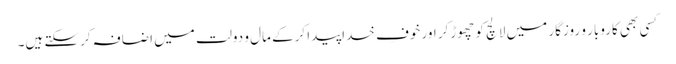
کسی بھی کاروبار و روزگار میں لالچ کو چھوڑکر اور خوفِ خداپیدا کرکے مال و دولت میں اضافہ کرسکتے ہیں۔